Document type: Endowment
Year: 1330
Scribe: Arnau [Delpàs]
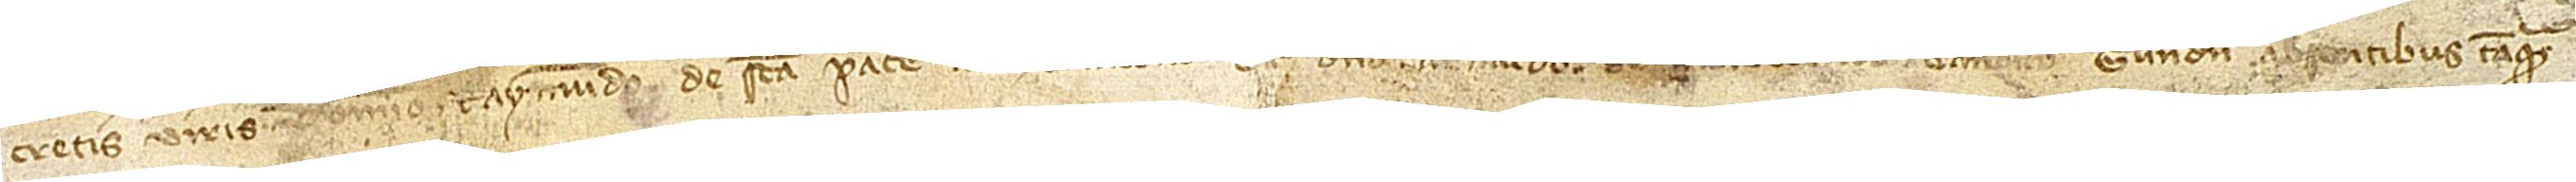
cretis viris domino Raymundo de Sancta Pace, archidiacono, et domino Arnaldo de Monterotundo, canonico Gerundensis, absentibus tanquam